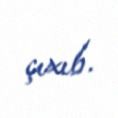
çıxıb.